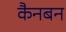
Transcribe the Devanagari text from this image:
कैनबन